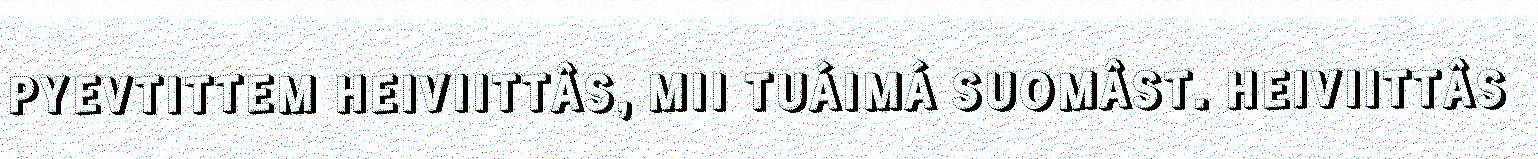
PYEVTITTEM HEIVIITTÂS, MII TUÁIMÁ SUOMÂST. HEIVIITTÂS